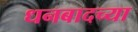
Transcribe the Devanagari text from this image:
धनबादच्या